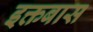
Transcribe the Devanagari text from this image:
इक्तबास